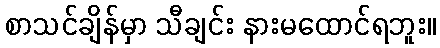
စာသင်ချိန်မှာ သီချင်း နားမထောင်ရဘူး။